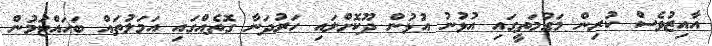
އާއިޒުވެސް ކުރިން މަގުމަތީގައި އުޅުނު އުޅުން ދޫކޮށްލައި ހަރުދަނާ ގޮތެއްގައި އަމަލުތައް ބަހައްޓަމުން